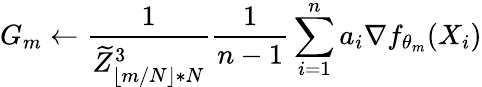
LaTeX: G_{m}\gets\frac{1}{\widetilde{Z}_{\lfloor m/N\rfloor*N}^{3}}\frac 1{n-1}\sum_{i=1}^{n}a_{i}\nabla f_{\theta_{m}}(X_{i})